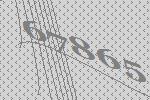
67865